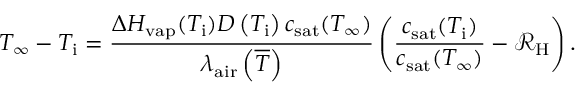
T _ { \infty } - T _ { \mathrm { i } } = \frac { \Delta H _ { \mathrm { v a p } } ( T _ { \mathrm { i } } ) { \cal D } \left( T _ { \mathrm { i } } \right) c _ { \mathrm { s a t } } ( T _ { \infty } ) } { \lambda _ { \mathrm { a i r } } \left( { \overline { T } } \right) } \left( \frac { c _ { \mathrm { s a t } } ( T _ { \mathrm { i } } ) } { c _ { \mathrm { s a t } } ( T _ { \infty } ) } - \mathcal { R } _ { \mathrm { H } } \right) .